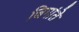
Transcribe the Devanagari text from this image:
जिगांते